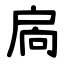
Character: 扄